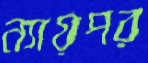
ন্যায়পর